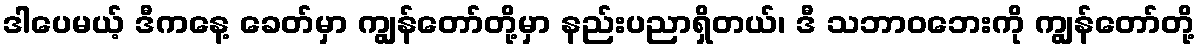
ဒါပေမယ့် ဒီကနေ့ ခေတ်မှာ ကျွန်တော်တို့မှာ နည်းပညာရှိတယ်၊ ဒီ သဘာဝဘေးကို ကျွန်တော်တို့